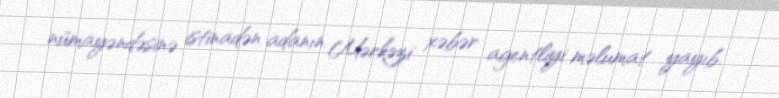
nümayəndəsinə istinadən adanın Mərkəzi xəbər agentliyi məlumat yayıb.